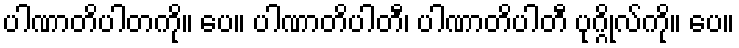
ပါဏာတိပါတကို။ ပေ။ ပါဏာတိပါတီ၊ ပါဏာတိပါတီ ပုဂ္ဂိုလ်ကို။ ပေ။